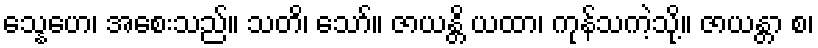
သ္နေဟေ၊ အစေးသည်။ သတိ၊ သော်။ ဇာယန္တိ ယထာ၊ ကုန်သကဲ့သို့။ ဇာယန္တာ စ၊